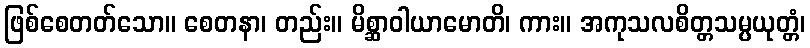
ဖြစ်စေတတ်သော။ စေတနာ၊ တည်း။ မိစ္ဆာဝါယာမောတိ၊ ကား။ အကုသလစိတ္တသမ္ပယုတ္တံ၊